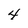
Character: 4